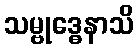
သမ္ဗုဒ္ဓေနာသိ